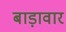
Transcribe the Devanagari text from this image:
बाड़ावार